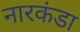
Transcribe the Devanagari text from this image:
नारकंडा